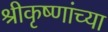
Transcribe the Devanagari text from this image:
श्रीकृष्णांच्या